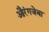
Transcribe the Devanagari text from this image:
औरंगजेबा